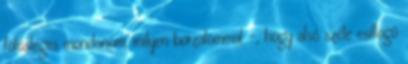
fölösleges mondanom, milyen borzalommal -, hogy alsó széle csillogó